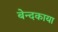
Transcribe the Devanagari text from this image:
बेन्दकाया